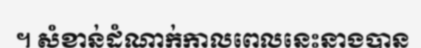
។ សំខាន់ដំណាក់កាលពេលនេះនាងបាន